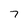
Character: 7